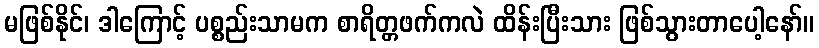
မဖြစ်နိုင်၊ ဒါကြောင့် ပစ္စည်းသာမက စာရိတ္တဖက်ကလဲ ထိန်းပြီးသား ဖြစ်သွားတာပေါ့နော်။